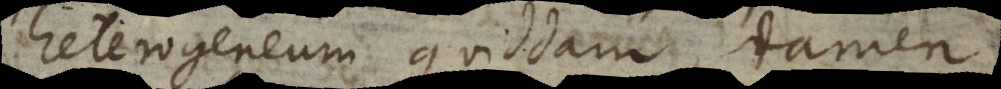
heterogeneum quiddam, tamen